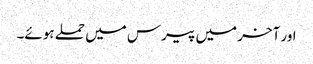
اور آخر میں پیرس میں حملے ہوئے۔